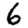
Digit: 6